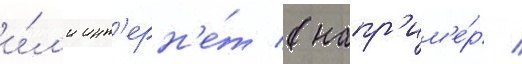
и́л'и инт'ерн'е́т (напр'им'е́р /